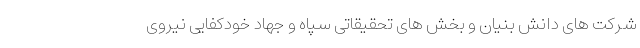
شرکت های دانش بنیان و بخش های تحقیقاتی سپاه و جهاد خودکفایی نیروی